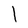
Character: l